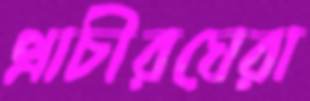
প্রাচীরঘেরা